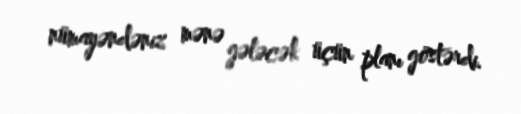
nümayəndəniz mənə gələcək üçün planı göstərdi.